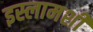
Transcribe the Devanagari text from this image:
इस्लामशी